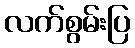
လက်စွမ်းပြ